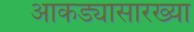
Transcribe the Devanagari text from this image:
आकड्यासारख्या